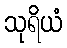
သုရိယံ